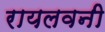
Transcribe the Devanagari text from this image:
रायलवनी